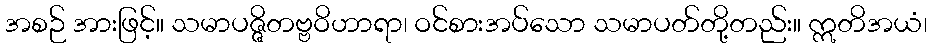
အစဉ် အားဖြင့်။ သမာပဇ္ဇိတဗ္ဗဝိဟာရာ၊ ဝင်စားအပ်သော သမာပတ်တို့တည်း။ ဣတိအယံ၊